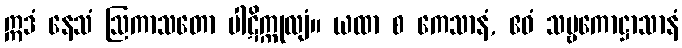
ဣဒံ နေသံ ဩကာသတော ပါဋိက္ကုလျံ။ ယထာ စ ကေသာနံ, ဧဝံ သဗ္ဗကောဋ္ဌာသာနံ